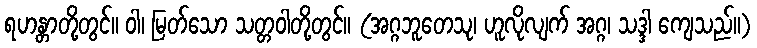
ရဟန္တာတို့တွင်။ ဝါ၊ မြတ်သော သတ္တဝါတို့တွင်။ (အဂ္ဂဘူတေသု၊ ဟူလိုလျက် အဂ္ဂ၊ သဒ္ဒါ ကျေသည်။)